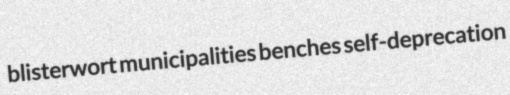
blisterwort municipalities benches self-deprecation